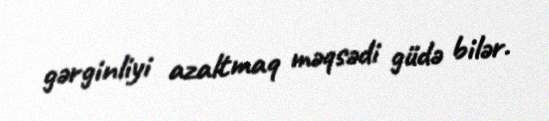
gərginliyi azaltmaq məqsədi güdə bilər.